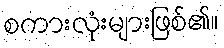
စကားလုံးများဖြစ်၏။